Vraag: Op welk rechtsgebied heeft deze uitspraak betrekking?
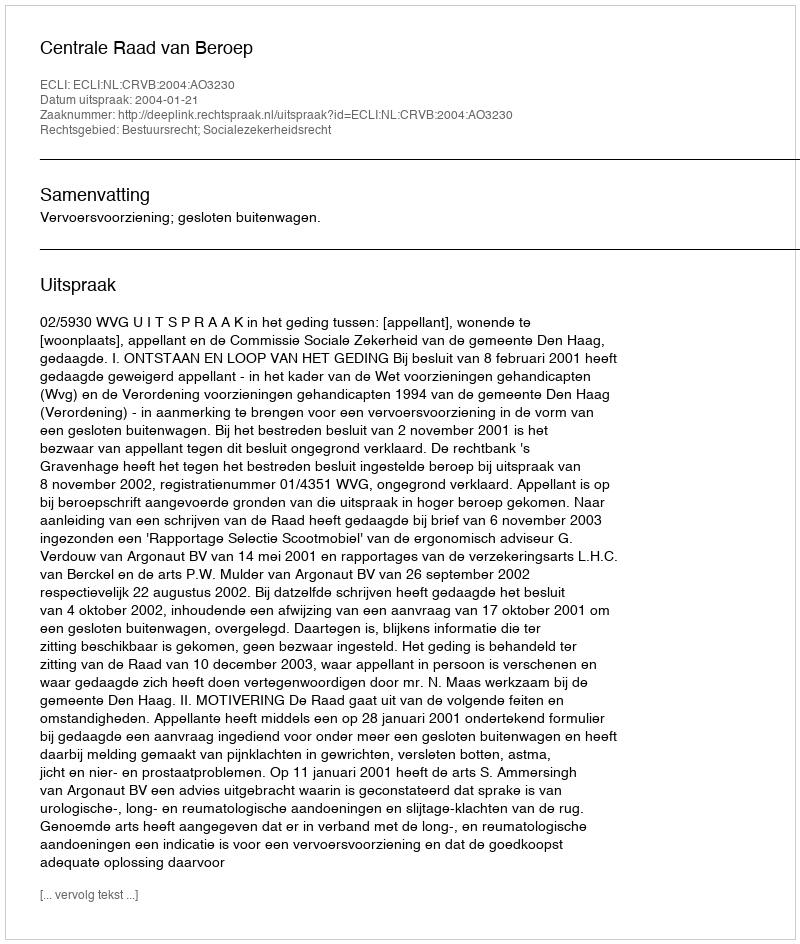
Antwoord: Bestuursrecht; Socialezekerheidsrecht